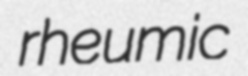
rheumic